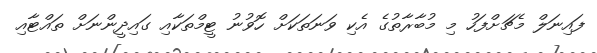
ފައިނަލް މެޗަށްފަހު މި މުބާރާތުގެ އެކި ވަނަތަކަށް ހޮވުނު ޓީމްތަކާއި ގައިދީންނަށް ތައްޓާއި